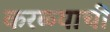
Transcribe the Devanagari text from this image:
करळ्याची